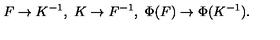
F \to K ^ { - 1 } , \ K \to F ^ { - 1 } , \ \Phi ( F ) \to \Phi ( K ^ { - 1 } ) .